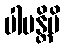
ပါပန္တိပိ